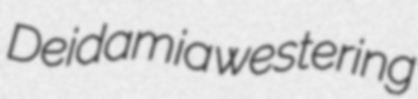
Deidamia westering